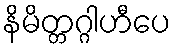
နိမိတ္တဂ္ဂါဟီပေ